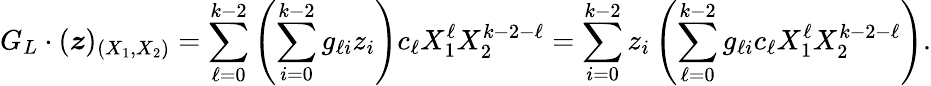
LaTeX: G_{L}\cdot(\boldsymbol{z})_{(X_{1},X_{2})}=\sum_{\ell=0}^{k-2}\left(\sum_{i=0}^{k-2}g_{\ell i}z_{i}\right)c_{\ell}X_{1}^{\ell}X_{2}^{k-2-\ell}=\sum_{i=0}^{k-2}z_{i}\left(\sum_{\ell=0}^{k-2}g_{\ell i}c_{\ell}X_{1}^{\ell}X_{2}^{k-2-\ell}\right).